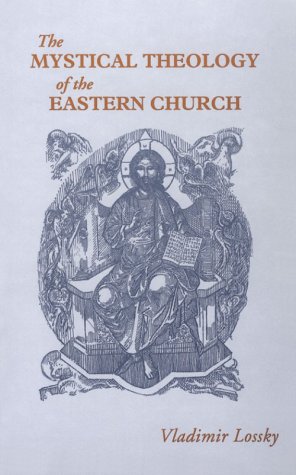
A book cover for The Mystical Theology of the Eastern Church; Vladimir Lossky; Christian Books & Bibles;